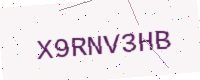
Text: X9RNV3HB